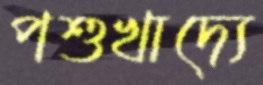
পশুখাদ্যে